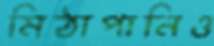
মিঠাপানিও